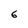
Character: 6